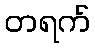
တရက်